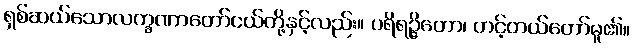
ရှစ်ဆယ်သောလက္ခဏာတော်ငယ်တို့နှင့်လည်း။ ပရိရဉ္ဇိတော၊ တင့်တယ်တော်မူ၏။